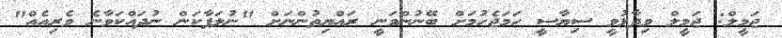
ޖަމީލް: ޖަމީލް ވިދާޅުވީ ސިޔާސީ ހަމަޖެހުމަށް ބޭނުންވަނީ ރައްޔިތުންނަށް "ނުލަފާކަން ނުދައްކަވާނެ ވެރިއެއް"